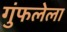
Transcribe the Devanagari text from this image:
गुंफलेला